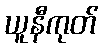
ယူနီကုတ်